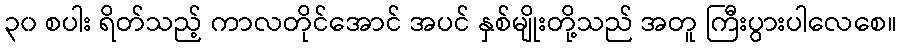
၃၀ စပါး ရိတ်သည့် ကာလတိုင်အောင် အပင် နှစ်မျိုးတို့သည် အတူ ကြီးပွားပါလေစေ။